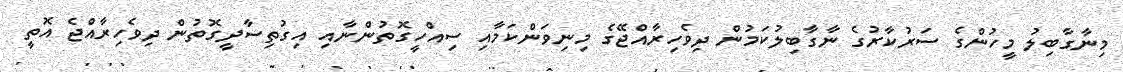
މިނާގާބިލު މީހުންގެ ސަރުކާރުގެ ނާގާބިލުކަމުން ދިވެހިރާއްޖޭގެ މިނިވަންކަމާއި ސިއްހީގޮތުންނާއި އިގުތިސާދީގޮތުން ދިވެހިރާއްޖެ އޮތީ